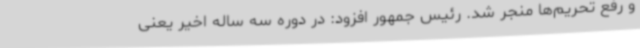
و رفع تحریم‌ها منجر شد. رئیس جمهور افزود: در دوره سه ساله اخیر یعنی